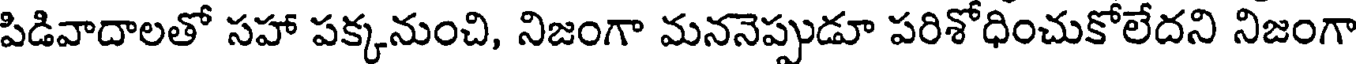
పిడివాదాలతో సహా పక్కనుంచి, నిజంగా మననెప్పుడూ పరిశోధించుకోలేదని నిజంగా